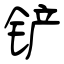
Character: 铲